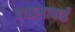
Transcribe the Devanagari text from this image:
वच्छलाबाई